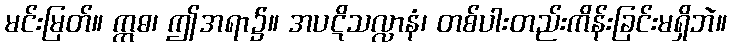
မင်းမြတ်။ ဣဓ၊ ဤအရာ၌။ အပဋိသလ္လာနံ၊ တစ်ပါးတည်းကိန်းခြင်းမရှိဘဲ။